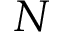
N